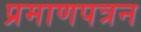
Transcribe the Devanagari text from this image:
प्रमाणपत्रन